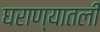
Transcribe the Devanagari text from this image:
घराण्यातली